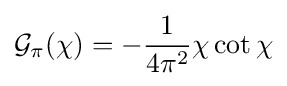
{\mathcal {G}}_{\pi }(\chi )=-{\frac {1}{4\pi ^{2}}}\chi \cot \chi